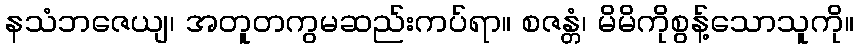
နသံဘဇေယျ၊ အတူတကွမဆည်းကပ်ရာ။ စဇန္တံ၊ မိမိကိုစွန့်သောသူကို။